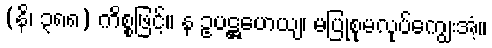
(နိ၊ ၃၈၈) ကိစ္စဖြင့်။ န ဥပဋ္ဌဟေယျ၊ မပြုစုမလုပ်ကျွေးအံ့။